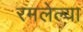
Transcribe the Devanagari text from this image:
रमलेल्या